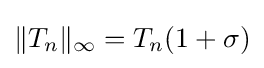
\|T_{n}\|_{\infty }=T_{n}(1+\sigma )